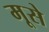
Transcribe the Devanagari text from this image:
मूसे